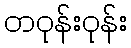
တဝုန်းဝုန်း